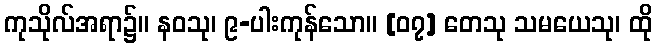
ကုသိုလ်အရာ၌။ နဝသု၊ ၉-ပါးကုန်သော။ [၀၇] တေသု သမယေသု၊ ထို